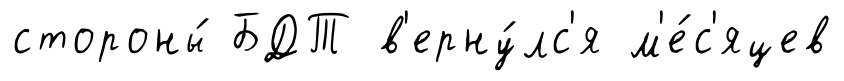
стороны́ БДТ в'ерну́лс'я м'е́с'яцев